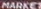
MARKET